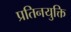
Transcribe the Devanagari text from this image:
प्रतिनयुक्ति